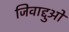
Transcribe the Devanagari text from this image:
जिवाद्दुओ